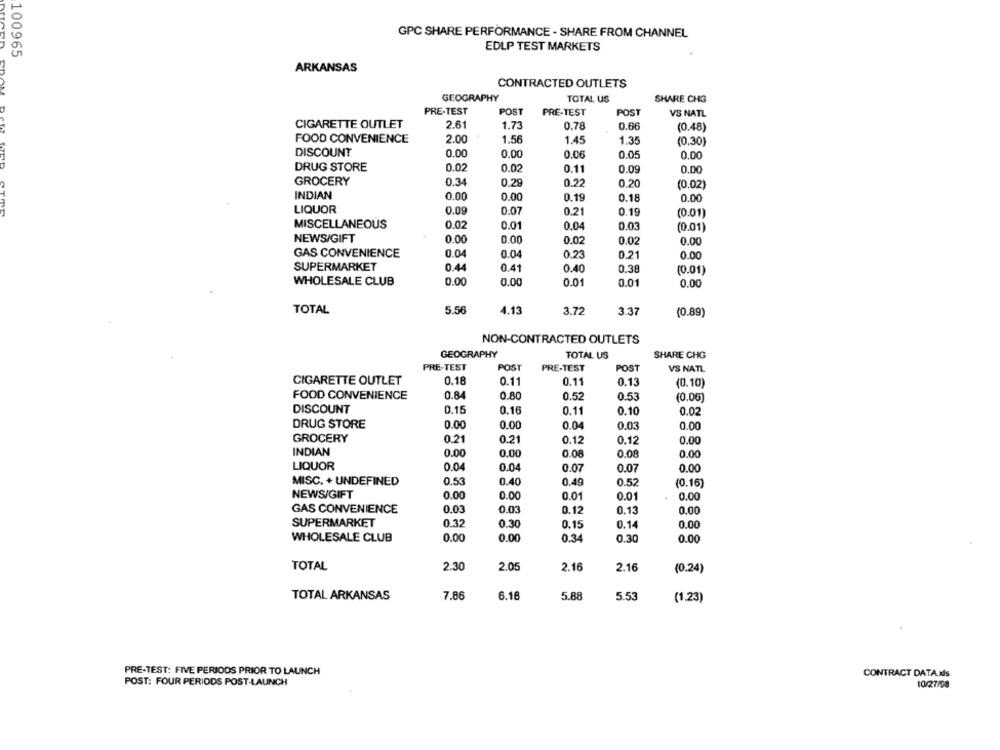
GPC SHARE PERFORMANCE - SHARE FROM CHANNEL
100965
EDLP TEST MARKETS
ARKANSAS
CONTRACTED OUTLETS
GEOGRAPHY
TOTAL US
SHARE CHG
PRE-TEST
POST
PRE-TEST
POST
VS NATL
CIGARETTE OUTLET
2.61
1.73
0.78
0.66
(0.48)
FOOD CONVENIENCE
2.00
1.56
1.45
1.35
(0.30)
DISCOUNT
0.00
0.00
0.06
0.05
0.00
DRUG STORE
0.02
0.02
0.11
0.09
0.00
GROCERY
0.34
0.29
0.22
0.20
(0.02)
INDIAN
0.00
0.00
0.19
0.18
0.00
LIQUOR
0.09
0.07
0.19
0.21
(0.01)
MISCELLANEOUS
0.02
0.01
0.04
0.03
(0.01)
NEWS/GIFT
0.00
0.00
0.02
0.02
0.00
GAS CONVENIENCE
0.04
0.04
0.23
0.21
0.00
SUPERMARKET
0.44
0.41
0.40
0.38
(0.01)
WHOLESALE CLUB
0.00
0.00
0.01
0.01
0.00
TOTAL
5.56
4.13
3.72
3.37
(0.89)
NON-CONTRACTED OUTLETS
GEOGRAPHY
TOTAL US
SHARE CHG
PRE-TEST
POST
PRE-TEST
POST
VS NATL
CIGARETTE OUTLET
0.18
0.11
0.11
0.13
(0.10)
FOOD CONVENIENCE
0.84
0.80
0.52
0.53
(0.06)
DISCOUNT
0.15
0.16
0.11
0.10
0.02
DRUG STORE
0.00
0.00
0.04
0.03
0.00
GROCERY
0.21
0.21
0.12
0.12
0.00
INDIAN
0.00
0.00
0.08
0.08
0.00
LIQUOR
0.04
0.04
0.07
0.07
0.00
MISC. + UNDEFINED
0.53
0.40
0.49
0.52
(0.16)
NEWS/GIFT
0.00
0.00
0.01
0.01
0.00
GAS CONVENIENCE
0.03
0.03
0.12
0.13
0.00
SUPERMARKET
0.32
0.30
0.15
0.14
0.00
WHOLESALE CLUB
0.00
0.00
0.34
0.30
0.00
TOTAL
2.30
2.05
2.16
2.16
(0.24)
TOTAL ARKANSAS
7.86
6.18
5.88
5.53
(1.23)
PRE-TEST: FIVE PERIODS PRIOR TO LAUNCH
CONTRACT DATA als
POST: FOUR PERIODS POST-LAUNCH
10/27/98